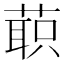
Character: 𰱲